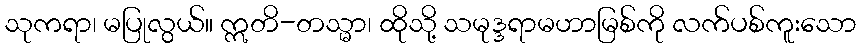
သုကရာ၊ မပြုလွယ်။ ဣတိ-တသ္မာ၊ ထိုသို့ သမုဒ္ဒရာမဟာမြစ်ကို လက်ပစ်ကူးသော